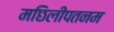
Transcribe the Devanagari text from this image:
मछिलीपतनम